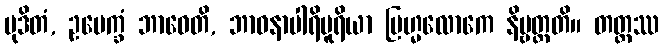
မုဒိတံ, ဥပေက္ခံ ဘာဝေတိ, ဘာဝနာပါရိပူရိယာ ဗြဟ္မလောကေ နိဗ္ဗတ္တတိ။ တတ္ထဿ